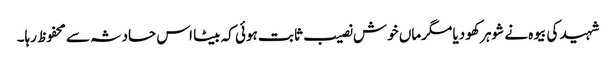
شہید کی بیوہ نے شوہر کھو دیا مگرماں خوش نصیب ثابت ہوئی کہ بیٹا اس حادثہ سے محفوظ رہا۔